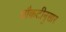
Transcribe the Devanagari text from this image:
चौकटीनुसार